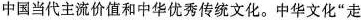
中国当代主流价值和中华优秀传统文化。中华文化”走